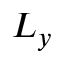
L _ { y }